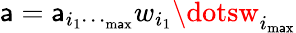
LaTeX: \mathsf{a}=\mathsf{a}_{i_{1}\dotsi_{\mathrm{{m\mathsf{a}x}}}}w_{i_{1}}\dotsw_{i_{\mathrm{{m\mathsf{a}x}}}}